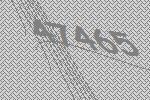
47465